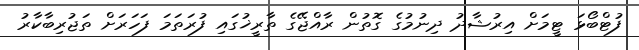
ފުޓްބޯޅަ ޓީމަށް އިރުޝާދު ދިނުމުގެ ގޮތުން ރާއްޖޭގެ ތާރީޚުގައި ފުރަތަމަ ފަހަރަށް ތަޖުރިބާކާރު